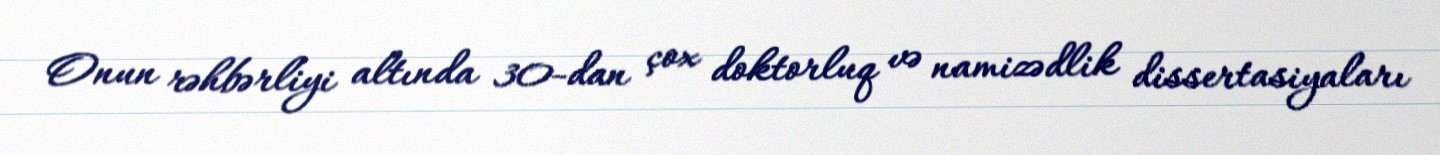
Onun rəhbərliyi altında 30-dan çox doktorluq və namizədlik dissertasiyaları